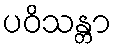
ပဝိသန္တာ